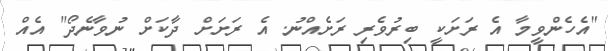
"އެހެންވީމާ އެ ރަށަކީ ބިރުވެރި ރަށެއްނު. އެ ރަށަށް ދާކަށް ނުވާނެދޯ" އެއް